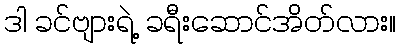
ဒါ ခင်ဗျားရဲ့ ခရီးဆောင်အိတ်လား။